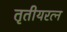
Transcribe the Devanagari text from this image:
तृतीयरत्‍न